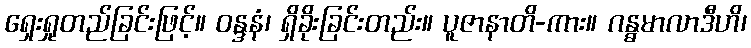
ရှေးရှုတည်ခြင်းဖြင့်။ ဝန္ဒနံ၊ ရှိခိုးခြင်းတည်း။ ပူဇာနာတိ-ကား။ ဂန္ဓမာလာဒီဟိ၊